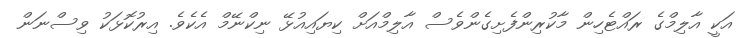
އަކީ އާލިމްގެ ރައްޓެހިން މާކުރިންފެށިގެންވެސް އާލިމްއަށް ކިޔައިއުޅޭ ނިކްނޭމް އެކެވެ. އިރުކޮޅަކު ވިސްނަން